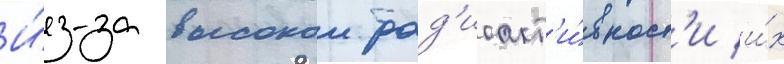
И́з-за высокои рад'иоакт'и́вност'и и́х